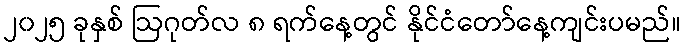
၂၀၂၅ ခုနှစ် ဩဂုတ်လ ၈ ရက်နေ့တွင် နိုင်ငံတော်နေ့ကျင်းပမည်။